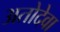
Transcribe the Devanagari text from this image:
अतोदेवा